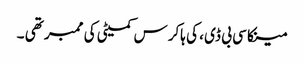
مینکا سی بی ڈی ، کی ہاکرس کمیٹی کی ممبر تھی ۔